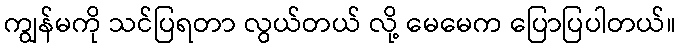
ကျွန်မကို သင်ပြရတာ လွယ်တယ် လို့ မေမေက ပြောပြပါတယ်။